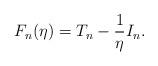
LaTeX: \begin{align*}F_n(\eta) = T_n - \frac{1}{\eta} I_n.\end{align*}